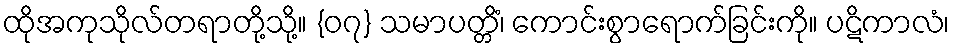
ထိုအကုသိုလ်တရာတို့သို့။ {၀၇} သမာပတ္တိံ၊ ကောင်းစွာရောက်ခြင်းကို။ ပဋိကာလံ၊